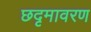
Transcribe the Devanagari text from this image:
छदृमावरण